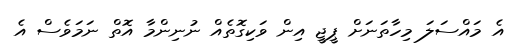
އެ މައްސަލަ މިހާތަނަށް ޕީޖީ އިން ވަކިގޮތެއް ނުނިންމާ އޮތް ނަމަވެސް އެ